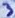
Text: 3